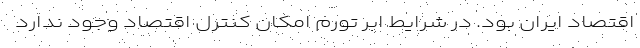
اقتصاد ایران بود. در شرایط ابر تورم امکان کنترل اقتصاد وجود ندارد